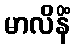
မာလိနိံ